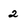
Character: 2